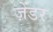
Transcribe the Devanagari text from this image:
ज़ेंडर